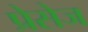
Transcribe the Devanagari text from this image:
प्रेसेज